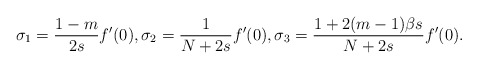
\begin{align*}\sigma_1 =\frac{1-m}{2s}f'(0), \sigma_{2}=\frac{1}{N+2s}f'(0), \sigma_3=\frac{1+2(m-1)\beta s}{N+2s}f'(0).\end{align*}